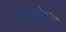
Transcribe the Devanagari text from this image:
सिद्धटेकला